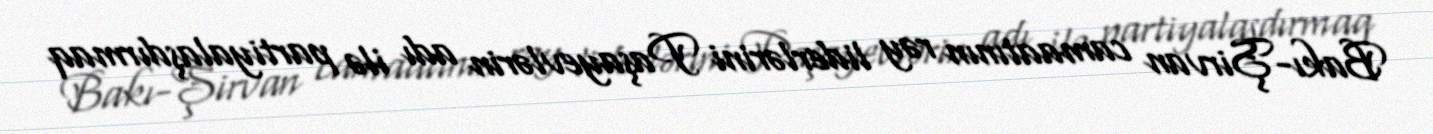
Bakı-Şirvan camaatının rəy liderlərini Paşayevlərin adı ilə partiyalaşdırmaq